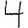
Digit: 4